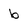
Character: b